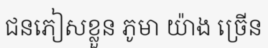
ជនភៀសខ្លួន ភូមា យ៉ាង ច្រើន